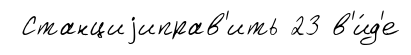
Станциjиправ'ить 23 в'и́д'е